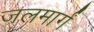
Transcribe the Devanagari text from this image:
जलमार्गं